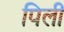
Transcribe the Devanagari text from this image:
पिलीं